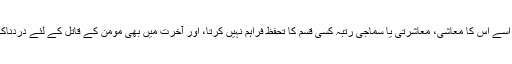
اسے قصاص میں قتل کیا جائے گا، اسے اس کا معاشی، معاشرتی یا سماجی رتبہ کسی قسم کا تحفظ فراہم نہیں کرتا، اور آخرت میں بھی مومن کے قاتل کے لئے دردناک عذاب ہے اللہ ﷻ ارشاد فرماتا ہے۔